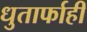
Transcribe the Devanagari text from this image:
धुतार्फाही